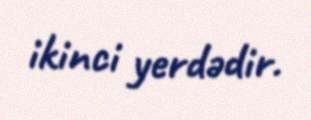
ikinci yerdədir.